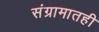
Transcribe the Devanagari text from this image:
संग्रामातही